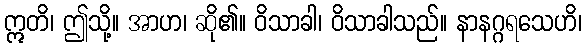
ဣတိ၊ ဤသို့။ အာဟ၊ ဆို၏။ ဝိသာခါ၊ ဝိသာခါသည်။ နာနဂ္ဂရသေဟိ၊